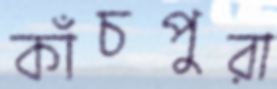
কাঁচপুরা